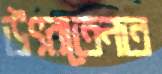
উৎরতেনত